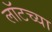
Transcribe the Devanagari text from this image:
लॉटच्या